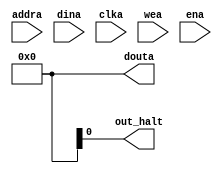
`timescale 1ns / 1ps
//////////////////////////////////////////////////////////////////////////////////
// Company: 
// Engineer: 
// 
// Design Name: 
// Module Name: data_mem
// Project Name: 
// Target Devices: 
// Tool Versions: 
// Description: 
// 
// Dependencies: 
// 
// Revision:
// Revision 0.01 - File Created
// Additional Comments:
// 
//////////////////////////////////////////////////////////////////////////////////
//  Xilinx Simple Dual Port Single Clock RAM
//  This code implements a parameterizable SDP single clock memory.
//  If a reset or enable is not necessary, it may be tied off or removed from the code.

module prog_mem #(
  parameter NB_COL = 4,                           // Specify number of columns (number of bytes)
  parameter COL_WIDTH = 8,                        // Specify column width (byte width, typically 8 or 9)
  parameter RAM_DEPTH = 1024,                     // Specify RAM depth (number of entries)
  parameter RAM_PERFORMANCE = "HIGH_PERFORMANCE", // Select "HIGH_PERFORMANCE" or "LOW_LATENCY" 
  parameter INIT_FILE = ""                        // Specify name/location of RAM initialization file if using one (leave blank if not)
) (
  input [clogb2(RAM_DEPTH-1)-1:0] addra,  // Address bus, width determined from RAM_DEPTH
  input [(NB_COL*COL_WIDTH)-1:0] dina,  // RAM input data
  input clka,                           // Clock
  input  wea,               // Byte-write enable
  input ena,                            // RAM Enable, for additional power savings, disable port when not in use
  // input rsta,                           // Output reset (does not affect memory contents)
//  input regcea,                         // Output register enable
  output [(NB_COL*COL_WIDTH)-1:0] douta, // RAM output data
  output out_halt
);
  reg rsta = 1'b1;
  reg [(NB_COL*COL_WIDTH)-1:0] BRAM [RAM_DEPTH-1:0];
  reg [(NB_COL*COL_WIDTH)-1:0] ram_data = {(NB_COL*COL_WIDTH){1'b0}};
  reg regcea = 1'b0;

  // The following code either initializes the memory values to a specified file or to all zeros to match hardware
  generate
    if (INIT_FILE != "") begin: use_init_file
      initial
        $readmemh(INIT_FILE, BRAM, 0, RAM_DEPTH-1);
    end else begin: init_bram_to_zero
      integer ram_index;
      initial
        for (ram_index = 0; ram_index < RAM_DEPTH; ram_index = ram_index + 1)
          BRAM[ram_index] = {(NB_COL*COL_WIDTH){1'b0}};
    end
  endgenerate
 
  always @(negedge clka) begin
    if (wea)
      BRAM[addra] <= dina;
    if (ena) 
      ram_data <= BRAM[addra];
  end

  //  The following code generates HIGH_PERFORMANCE (use output register) or LOW_LATENCY (no output register)
  generate
    if (RAM_PERFORMANCE == "LOW_LATENCY") begin: no_output_register

      // The following is a 1 clock cycle read latency at the cost of a longer clock-to-out timing
       assign douta = ram_data;
       assign out_halt = & douta;

    end else begin: output_register

      // The following is a 2 clock cycle read latency with improve clock-to-out timing

      reg [(NB_COL*COL_WIDTH)-1:0] douta_reg = {(NB_COL*COL_WIDTH){1'b0}};

      always @(negedge clka)
        if (rsta)
          douta_reg <= {(NB_COL*COL_WIDTH){1'b0}};
        else if (regcea)
          douta_reg <= ram_data;

      assign douta = douta_reg;

    end
  endgenerate

  //  The following function calculates the address width based on specified RAM depth
  function integer clogb2;
    input integer depth;
      for (clogb2=0; depth>0; clogb2=clogb2+1)
        depth = depth >> 1;
  endfunction

endmodule

// The following is an instantiation template for xilinx_single_port_byte_write_ram_read_first
/*
  //  Xilinx Single Port Byte-Write Read First RAM
  xilinx_single_port_byte_write_ram_read_first #(
    .NB_COL(4),                           // Specify number of columns (number of bytes)
    .COL_WIDTH(9),                        // Specify column width (byte width, typically 8 or 9)
    .RAM_DEPTH(1024),                     // Specify RAM depth (number of entries)
    .RAM_PERFORMANCE("HIGH_PERFORMANCE"), // Select "HIGH_PERFORMANCE" or "LOW_LATENCY" 
    .INIT_FILE("")                        // Specify name/location of RAM initialization file if using one (leave blank if not)
  ) your_instance_name (
    .addra(addra),     // Address bus, width determined from RAM_DEPTH
    .dina(dina),       // RAM input data, width determined from NB_COL*COL_WIDTH
    .clka(clka),       // Clock
    .wea(wea),         // Byte-write enable, width determined from NB_COL
    .ena(ena),         // RAM Enable, for additional power savings, disable port when not in use
    .rsta(rsta),       // Output reset (does not affect memory contents)
    .regcea(regcea),   // Output register enable
    .douta(douta)      // RAM output data, width determined from NB_COL*COL_WIDTH
  );
*/